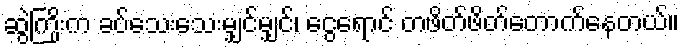
ဆွဲကြိုးက ခပ်သေးသေးမျှင်မျှင်၊ ငွေရောင် တဖိတ်ဖိတ်တောက်နေတယ်။